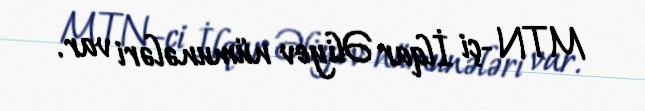
MTN-çi İlqar Əliyev nümunələri var.